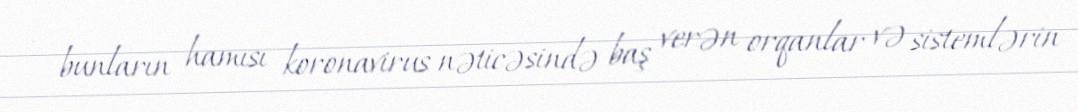
- bunların hamısı koronavirus nəticəsində baş verən orqanlar və sistemlərin